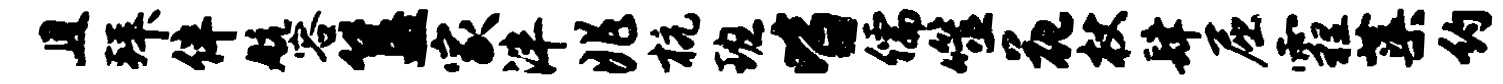
且拜伴航容簋家泮兆杭班皆儒噬花杖肆屈霾蕖约